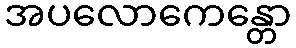
အပလောကေန္တော